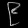
Digit: ၉